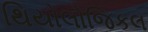
થિયોલોજિકલ